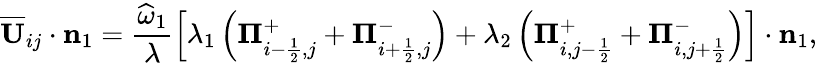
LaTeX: \overline{{\mathbf{U}}}_{ij}\cdot\mathbf{n}_{1}=\frac{\widehat{\omega}_{1}}{\lambda}\left[\lambda_{1}\left({\mathbf\Pi}_{i-\frac{1}{2},j}^{+}+{\mathbf\Pi}_{i+\frac{1}{2},j}^{-}\right)+\lambda_{2}\left({\mathbf\Pi}_{i,j-\frac{1}{2}}^{+}+{\mathbf\Pi}_{i,j+\frac{1}{2}}^{-}\right)\right]\cdot\mathbf{n}_{1},